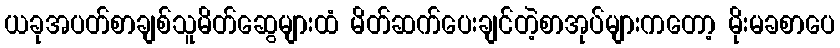
ယခုအပတ်စာချစ်သူမိတ်ဆွေများထံ မိတ်ဆက်ပေးချင်တဲ့စာအုပ်များကတော့ မိုးမခစာပေ